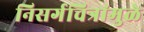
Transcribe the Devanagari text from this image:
निसर्गचित्रांमुळे